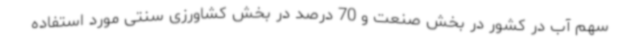
سهم آب در کشور در بخش صنعت و 70 درصد در بخش کشاورزی سنتی مورد استفاده